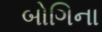
બોગિના